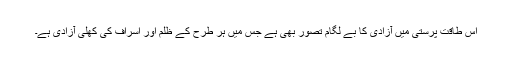
اس طاقت پرستی میں آزادی کا بے لگام تصور بھی ہے جس میں ہر طرح کے ظلم اور اسراف کی کھلی آزادی ہے۔